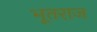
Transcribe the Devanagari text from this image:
भूतराज